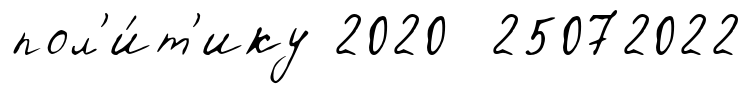
пол'и́т'ику 2020 25072022